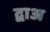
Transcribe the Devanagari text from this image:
द्वाअ